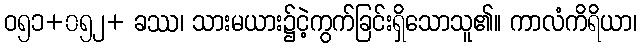
ဝ၅၁+၀၅၂+ ခဿ၊ သားမယား၌ငဲ့ကွက်ခြင်းရှိသောသူ၏။ ကာလံကိရိယာ၊